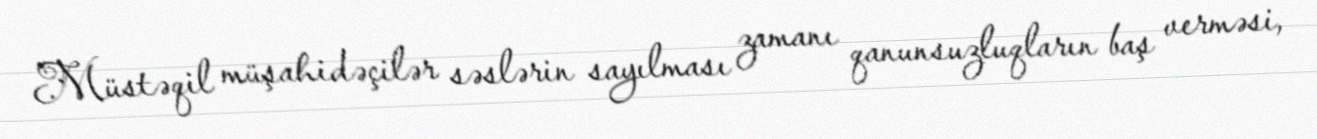
Müstəqil müşahidəçilər səslərin sayılması zamanı qanunsuzluqların baş verməsi,